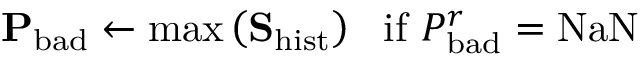
\mathbf { P } _ { \mathrm { b a d } } \leftarrow \mathrm { m a x } \left( \mathbf { S } _ { \mathrm { h i s t } } \right) \ \ \mathrm { i f } \ P _ { \mathrm { b a d } } ^ { r } = \mathrm { N a N }